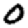
Digit: 0